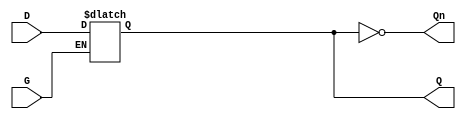
module GatedLatch (
    input wire D,    // Data input
    input wire G,    // Gate/Enable signal
    output reg Q,    // Output
    output wire Qn   // Complement of the output
);

// Complement of the output
assign Qn = ~Q;

// Always block to implement the latch behavior
always @(*) begin
    if (G) begin
        // When G is high, Q follows D
        Q = D;
    end
    // When G is low, Q retains its value (latches)
end

endmodule